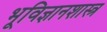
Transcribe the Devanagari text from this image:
भूविज्ञानशास्त्र